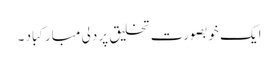
ایک خوبصورت تخلیق پر دلی مبارکباد ۔